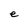
Character: e